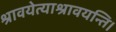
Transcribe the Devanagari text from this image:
श्रावयेत्याश्रावयन्ति।